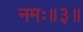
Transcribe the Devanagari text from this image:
नमः॥३॥